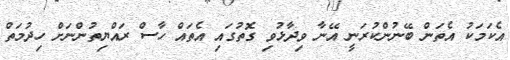
އެކަމަކު އެތަން ބޭނުންކުރަނީ އޭނާ ވިދާޅުވި ގޮތުގައި އެތައް ހާސް ރައްޔިތުންނަށް ހިދުމަތް